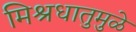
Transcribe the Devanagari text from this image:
मिश्रधातुमुळे